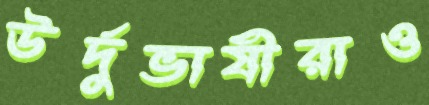
উর্দুভাষীরাও